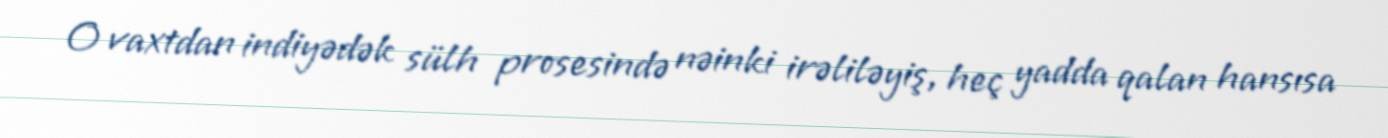
O vaxtdan indiyədək sülh prosesində nəinki irəliləyiş, heç yadda qalan hansısa